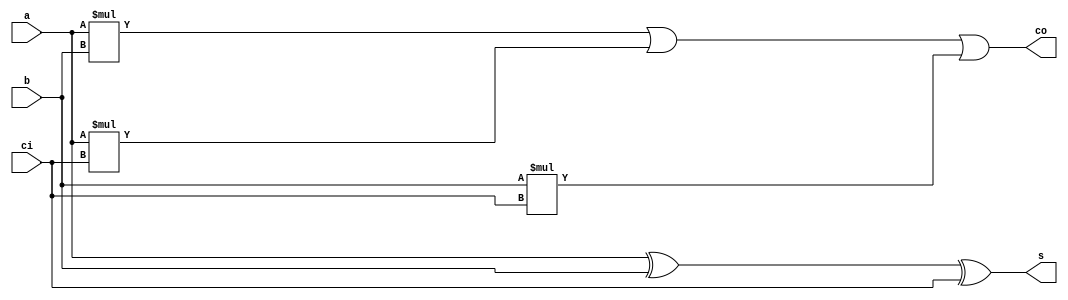

//=======================================================
//  This code is generated by Terasic System Builder
//=======================================================

module fa(

input a,
input b,
input ci,

output wire s,
output wire co
);

//=======================================================
//  Structural coding
//=======================================================


assign s = a ^ b ^ ci;
	
assign co = a*b | a*ci | b*ci;

endmodule